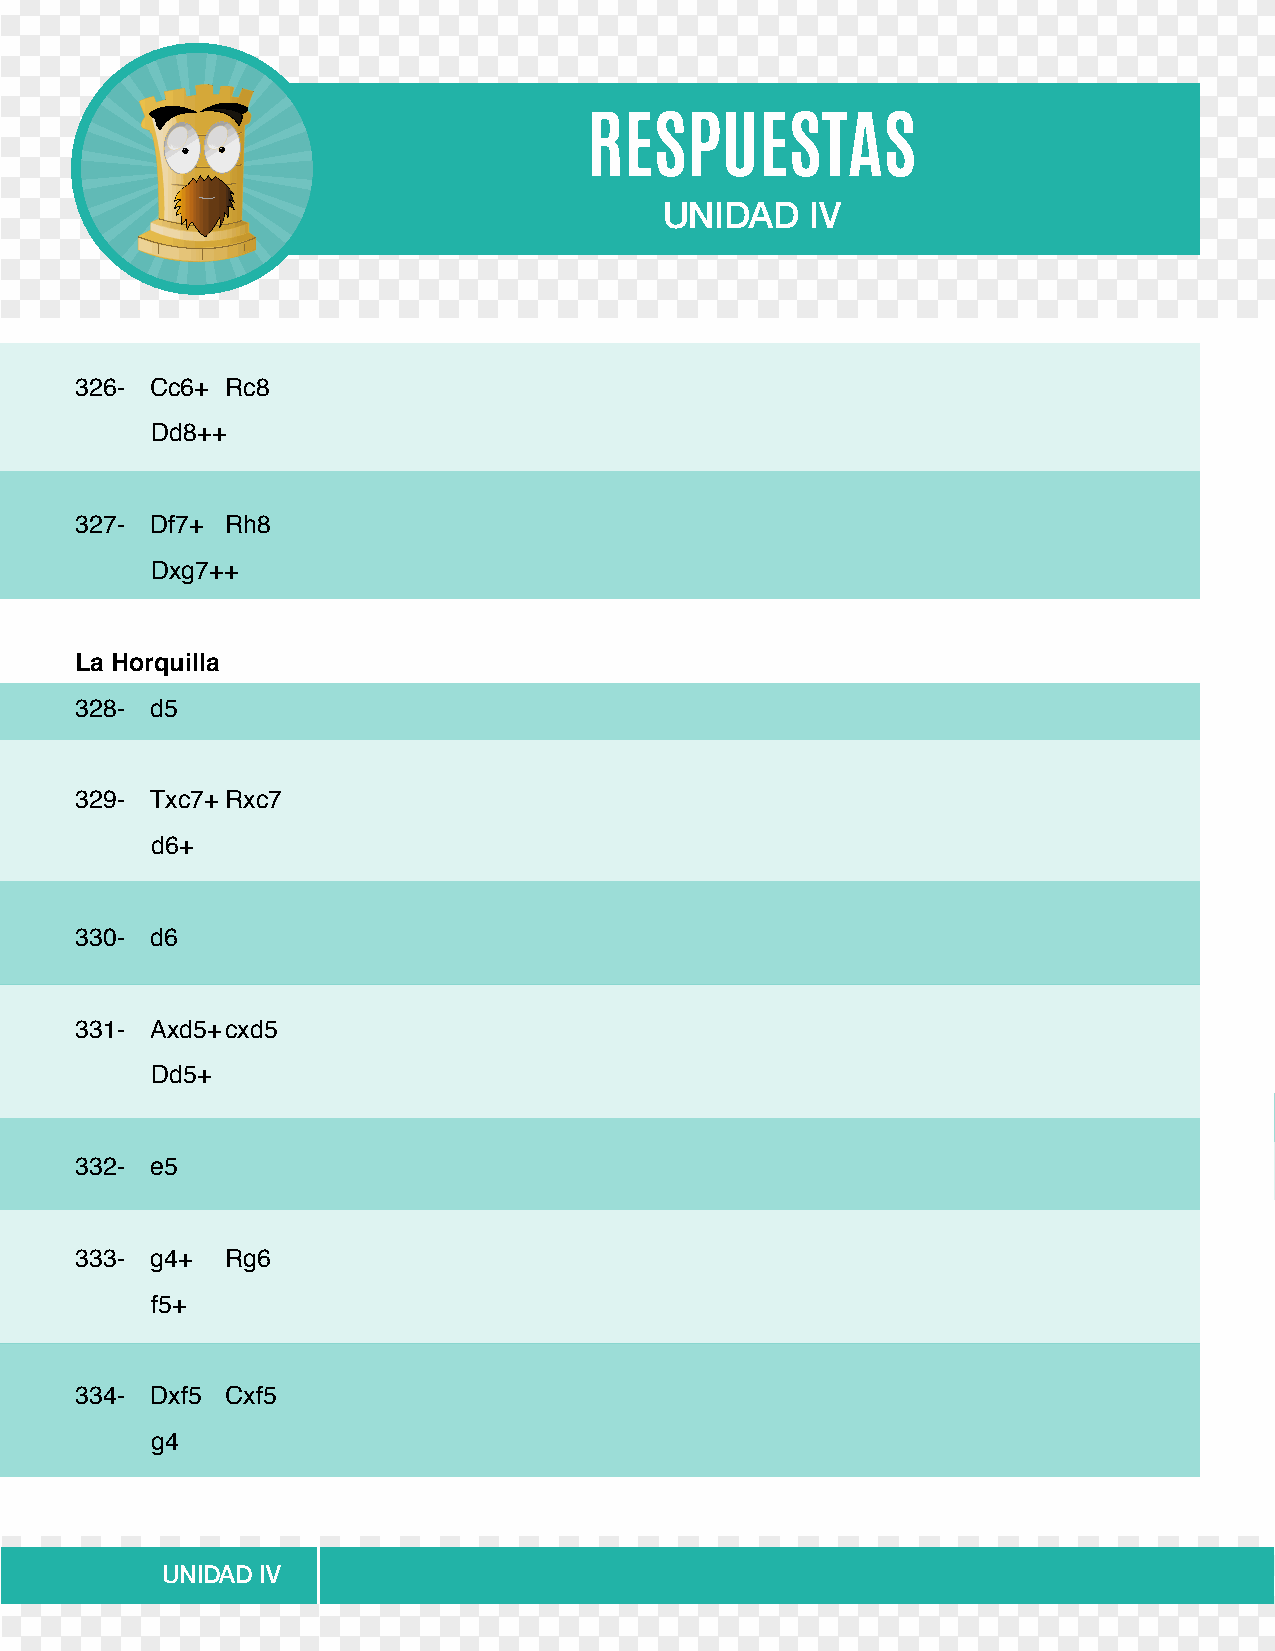
RESPUESTAS
 UNIDAD    IV
 326- Cc6+ Rc8
 Dd8++
 327- Df7+ Rh8
 Dxg7++
 La Horquilla
 328- d5
 329- Txc7+ Rxc7
 d6+
 330- d6
 331- Axd5+ cxd5
 Dd5+
 332- e5
 333- g4+  Rg6
 f5+
 334- Dxf5 Cxf5
 g4
 UNIDAD IV